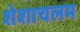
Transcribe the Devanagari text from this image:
शेशाचलम